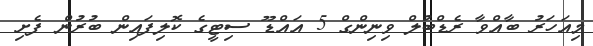
މިއަހަރު ބާއްވާ ރެޑްބުލް ވިނިންގް 5 އައްޑޫ ސިޓީގެ ކޮލިފައިން ބުރުން ފެށި